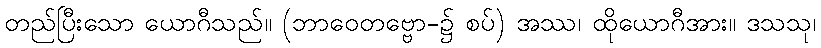
တည်ပြီးသော ယောဂီသည်။ (ဘာဝေတဗ္ဗော-၌ စပ်) အဿ၊ ထိုယောဂီအား။ ဒသသု၊